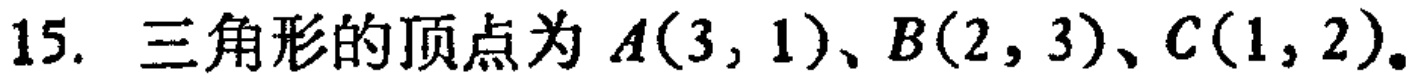
15. 三角形的顶点为 \(A(3,1)\)、\(B(2,3)\)、\(C(1,2)\)。